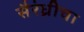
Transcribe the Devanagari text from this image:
सैरंध्रीचा